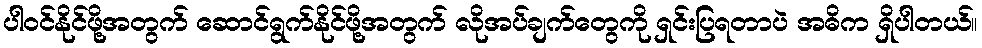
ပါဝင်နိုင်ဖို့အတွက် ဆောင်ရွက်နိုင်ဖို့အတွက် လိုအပ်ချက်တွေကို ရှင်းပြရတာပဲ အဓိက ရှိပါတယ်။